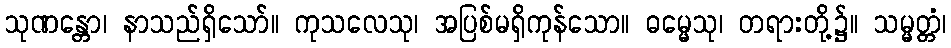
သုဏန္တော၊ နာသည်ရှိသော်။ ကုသလေသု၊ အပြစ်မရှိကုန်သော။ ဓမ္မေသု၊ တရားတို့၌။ သမ္မတ္တံ၊